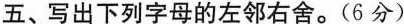
五、写出下列字母的左邻右舍。(6分)1.